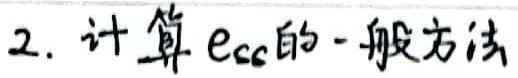
2. 计算 \(e_{cc}\) 的一般方法